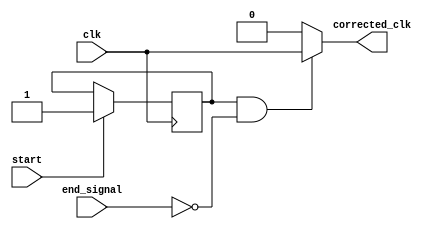
module clock_corrector_module(
    input start, 
    input clk,
    input end_signal,
	output corrected_clk
);

reg p =  0;
	 
always @(posedge clk)
	begin
	    if (start) 
			p <= 1;
		 end
	 
assign corrected_clk = (p && !end_signal) ? clk : 0;

endmodule